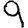
Digit: 9